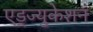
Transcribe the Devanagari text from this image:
एड्ज्युकेशन